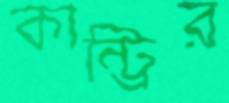
কান্ট্রির